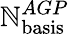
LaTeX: \mathbb{N}_{\mathrm{{basis}}}^{AGP}